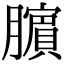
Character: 𬛜